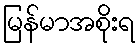
မြန်မာအစိုးရ